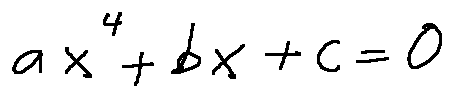
a x ^ { 4 } + b x + c = 0